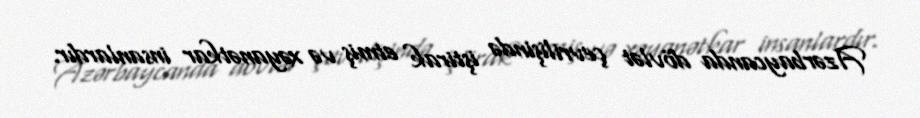
Azərbaycanda dövlət çevrilişində iştirak etmiş və xəyanətkar insanlardır.